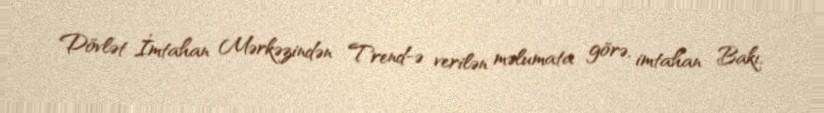
Dövlət İmtahan Mərkəzindən Trend-ə verilən məlumata görə, imtahan Bakı,